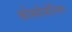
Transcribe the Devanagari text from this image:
कोस्मोसोनिका